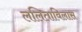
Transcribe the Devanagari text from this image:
ललिताविलास